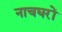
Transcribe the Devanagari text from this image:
नाचघरों